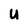
Character: U